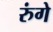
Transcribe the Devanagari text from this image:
रुंगे